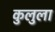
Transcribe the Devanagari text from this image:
कुलुला